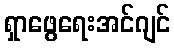
ရှာဖွေရေးအင်ဂျင်